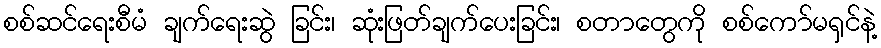
စစ်ဆင်ရေးစီမံ ချက်ရေးဆွဲ ခြင်း၊ ဆုံးဖြတ်ချက်ပေးခြင်း၊ စတာတွေကို စစ်ကော်မရှင်နဲ့